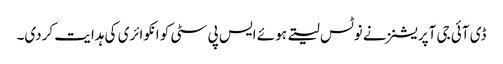
ڈی آئی جی آپریشنز نے نوٹس لیتے ہوئے ایس پی سٹی کو انکوائری کی ہدایت کردی۔